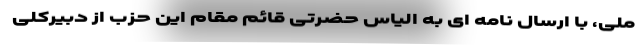
ملی، با ارسال نامه ای به الیاس حضرتی قائم مقام این حزب از دبیرکلی